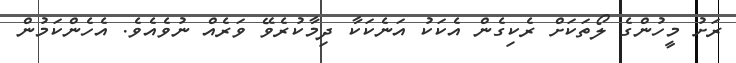
ރަށު މީހުންގެ ލޯތަކަށް ރެކިގެން އެކަކު އަނެކަކާ ދިމާކުރެވޭ ވަރެއް ނުވެއެވެ. އެހެންކަމުން